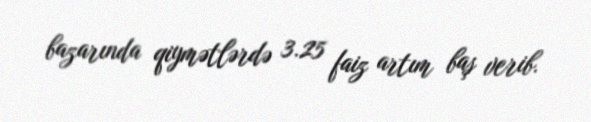
bazarında qiymətlərdə 3.25 faiz artım baş verib.